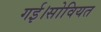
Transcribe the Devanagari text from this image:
गई।सोवियत